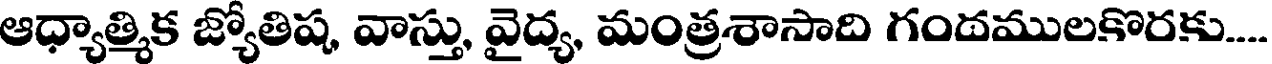
ఆధ్యాత్మిక జ్యోతిష, వాస్తు, వైద్య, మంత్రశాసాది గందములకొరకు....